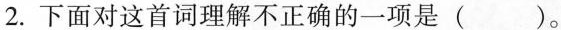
2.下面对这首词理解不正确的一项是 ( )。